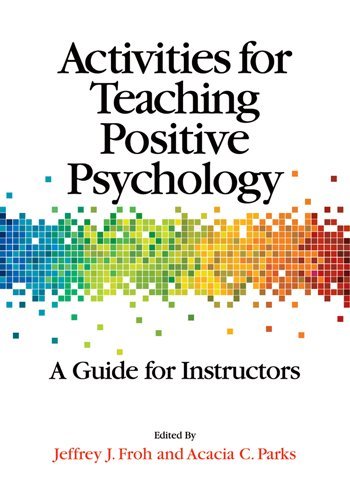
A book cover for Activities for Teaching Positive Psychology: A Guide for Instructors; Jeffrey J. Froh; Medical Books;